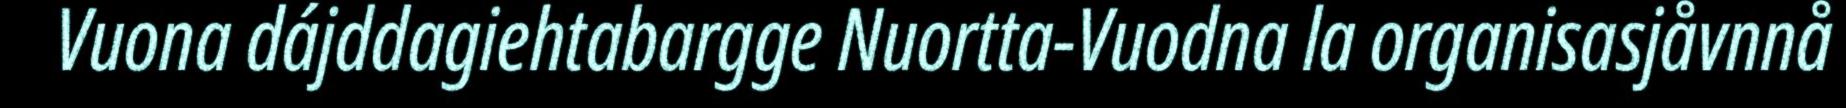
Vuona dájddagiehtabargge Nuortta-Vuodna la organisasjåvnnå